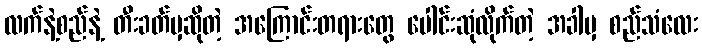
လက်နဲ့စည်နဲ့ တီးခတ်မှဆိုတဲ့ အကြောင်းတရားတွေ ပေါင်းဆုံလိုက်တဲ့ အခါမှ စည်သံလေး